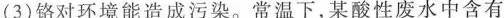
(3)铬对环境能造成污染。常温下，某酸性废水中含有